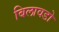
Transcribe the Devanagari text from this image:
बिलावडो